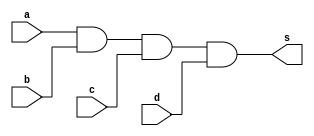
// PUC Minas - Ciencia da Computacao - Arquitetura de Computadores I
// Exemplo0013 - and - 3 entradas 
// Nome: Ana Cristina Pereira Teixeira

// 08. Construir a tabela_verdade para a porta AND com 4 entradas.
// Obs.: Usar expresso na definio do mdulo.   

// --------------------- 
// -- and gate 
// --------------------- 
module andgate (output s, input a, input b, input c, input d);
	assign s = a & b & c & d; // vinculo permanente
endmodule // and

// --------------------- 
// -- test andgate 
// --------------------- 
module testandgate; 
// ------------------------- dados locais 
	reg a, b, c, d; // definir registrador 
	wire s; // definir conexao (fio) 
// ------------------------- instancia 
	andgate AND1 (s, a, b, c, d);
// ------------------------- preparacao
	initial begin:start
		a = 0;
		b = 0;
		c = 0;
		d = 0;
	end
// ------------------------- parte principal
	initial begin:main
		$display("Exemplo0013 - Exercicio0008 - Ana Cristina - 427385");
		$display("Test and gate");
		$display("\n a & b & c & d = s\n");
		$monitor("%b & %b & %b & %b = %b", a, b, c, d, s);
		#1 a = 0; b = 0; c = 0; d = 0;
		#1 a = 0; b = 0; c = 0; d = 1;
		#1 a = 0; b = 0; c = 1; d = 0;
		#1 a = 0; b = 0; c = 1; d = 1;
		#1 a = 0; b = 1; c = 0; d = 0;
		#1 a = 0; b = 1; c = 0; d = 1;
		#1 a = 0; b = 1; c = 1; d = 0;
		#1 a = 0; b = 1; c = 1; d = 1;
		#1 a = 1; b = 0; c = 0; d = 0;
		#1 a = 1; b = 0; c = 0; d = 1;
		#1 a = 1; b = 0; c = 1; d = 0;
		#1 a = 1; b = 0; c = 1; d = 1;
		#1 a = 1; b = 1; c = 0; d = 0;
		#1 a = 1; b = 1; c = 0; d = 1;
		#1 a = 1; b = 1; c = 1; d = 0;
		#1 a = 1; b = 1; c = 1; d = 1;
	end
endmodule // testandgate